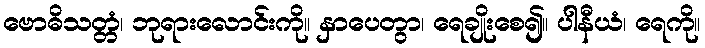
ဗောဓိသတ္တံ၊ ဘုရားလောင်းကို။ နှာပေတွာ၊ ရေချိုးစေ၍။ ပါနီယံ၊ ရေကို။